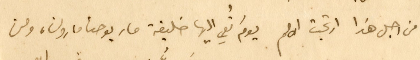
من اجل هذا ارتجت الامم يومَ نُعي اليها خليفة مار يوحنا مارون، ومن